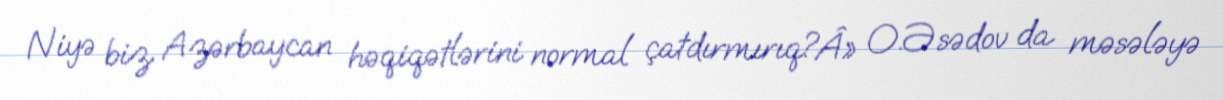
Niyə biz Azərbaycan həqiqətlərini normal çatdırmırıq?Â» O.Əsədov da məsələyə